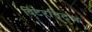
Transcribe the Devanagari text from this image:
विंटरनिट्ज